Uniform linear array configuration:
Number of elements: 32
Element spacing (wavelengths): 0.5
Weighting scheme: blackman
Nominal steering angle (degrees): -60
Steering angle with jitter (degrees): -59.239
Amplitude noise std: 0.05
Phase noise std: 0.05

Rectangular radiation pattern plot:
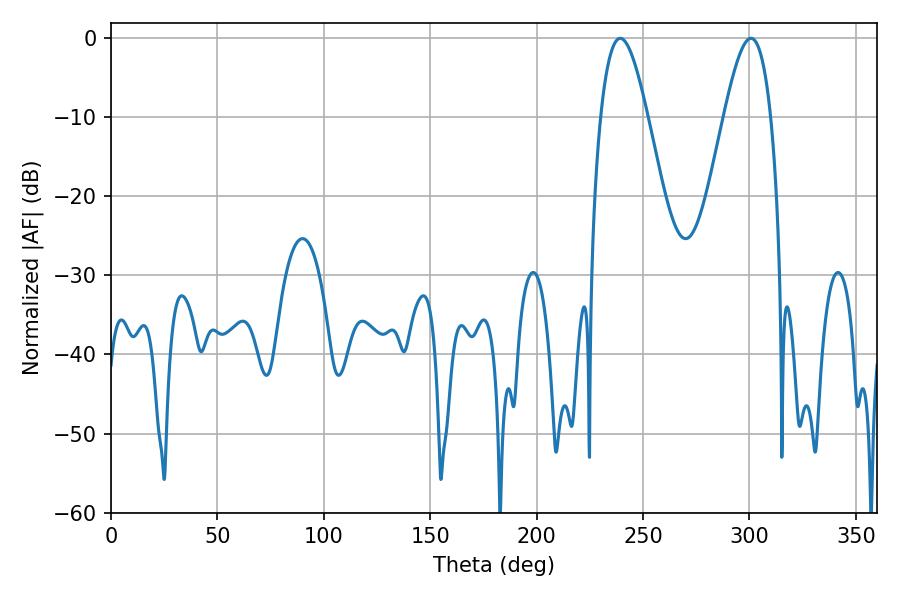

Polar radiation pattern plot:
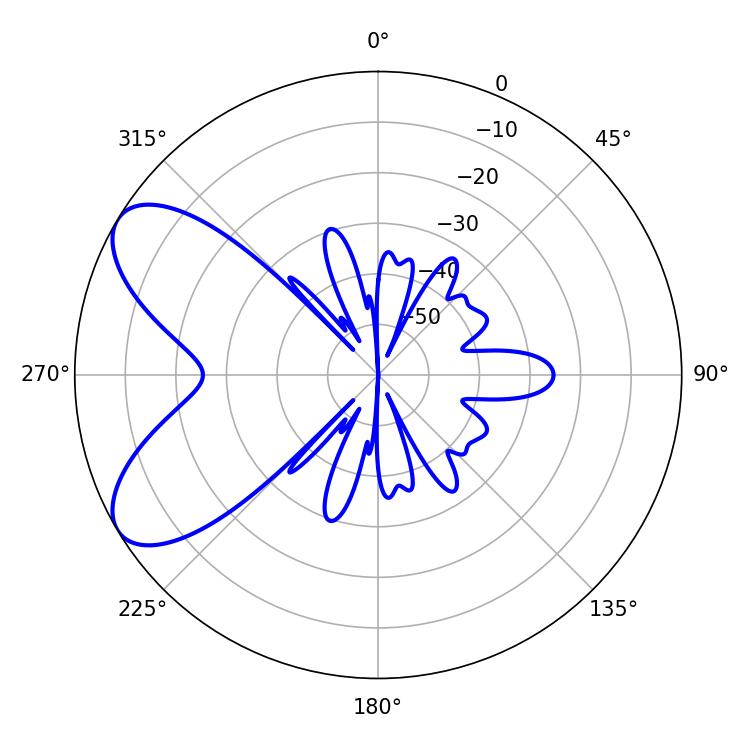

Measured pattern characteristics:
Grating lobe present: FALSE
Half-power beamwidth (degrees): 11.88
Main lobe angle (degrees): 239.22